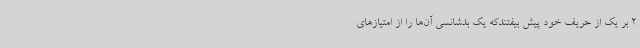
2 بر یک از حریف خود پیش بیفتندکه یک بدشانسی آن‌ها را از امتیازهای